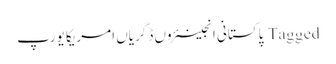
Tagged پاکستانی انجینئروں ڈگریاں امریکا یورپ